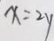
x = 2 y